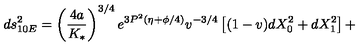
d s _ { 1 0 E } ^ { 2 } = \left( \frac { 4 a } { K _ { * } } \right) ^ { 3 / 4 } e ^ { 3 P ^ { 2 } ( \eta + \phi / 4 ) } v ^ { - 3 / 4 } \left[ ( 1 - v ) d X _ { 0 } ^ { 2 } + d X _ { 1 } ^ { 2 } \right] +